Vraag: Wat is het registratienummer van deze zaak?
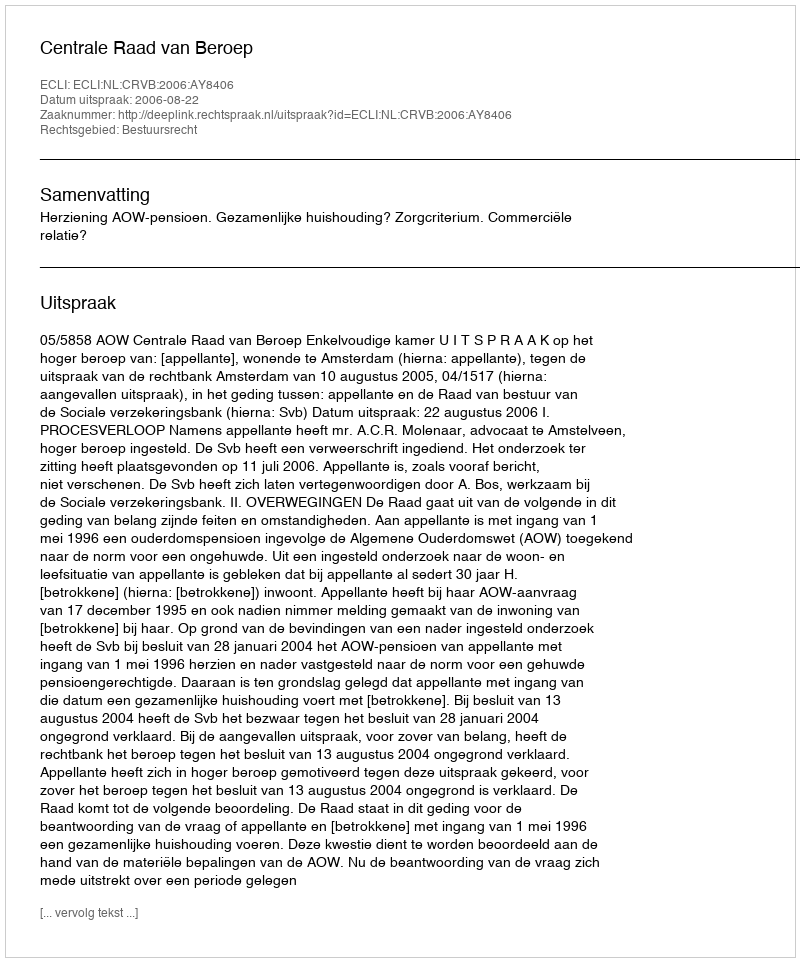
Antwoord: http://deeplink.rechtspraak.nl/uitspraak?id=ECLI:NL:CRVB:2006:AY8406